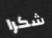
شكرا